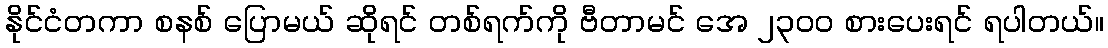
နိုင်ငံတကာ စနစ် ပြောမယ် ဆိုရင် တစ်ရက်ကို ဗီတာမင် အေ ၂၃၀၀ စားပေးရင် ရပါတယ်။